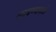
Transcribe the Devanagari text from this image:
लावण्‍यासाठी